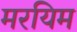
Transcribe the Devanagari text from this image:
मरयिम